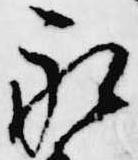
永